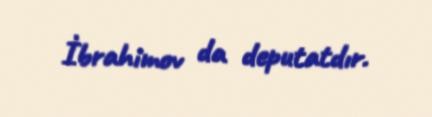
İbrahimov da deputatdır.